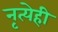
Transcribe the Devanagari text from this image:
नृत्येही